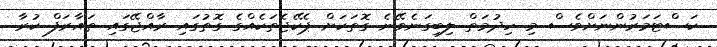
ކަސްޓަމަރުންނަށްވެސް މި ހިދުމަތް ލިބިގަނެވޭނެ ގޮތަކަށް ޕެކޭޖެތަކެއްގެ ގޮތުގައި ރާއްޖޭގައި ތައާރަފް ކުރާ